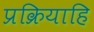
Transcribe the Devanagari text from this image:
प्रक्रियाहि